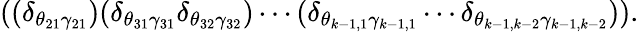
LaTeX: ((\delta_{\theta_{21}\gamma_{21}})(\delta_{\theta_{31}\gamma_{31}}\delta_{\theta_{32}\gamma_{32}})\cdots(\delta_{\theta_{k-1,1}\gamma_{k-1,1}}\cdots\delta_{\theta_{k-1,k-2}\gamma_{k-1,k-2}})).